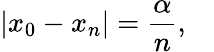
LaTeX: |x_{0}-x_{n}|={\frac{\alpha}{n}},\quad